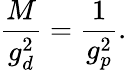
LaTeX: \frac{M}{g_{d}^{2}}=\frac{1}{g_{p}^{2}}.